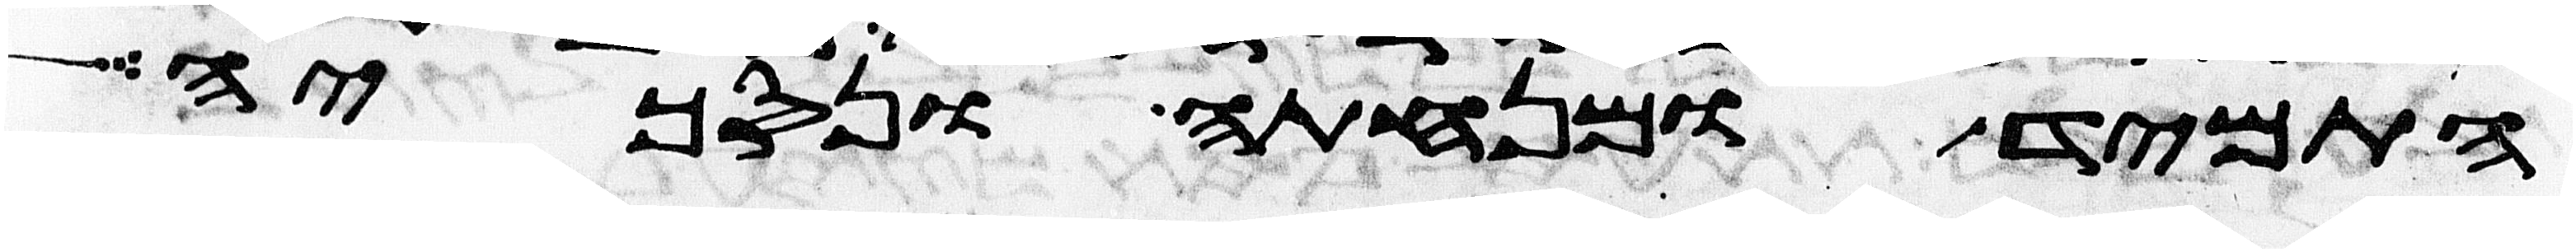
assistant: התמיד ומנחתה ונסכיה